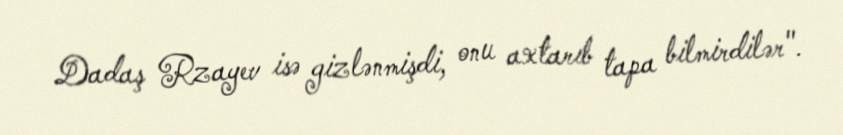
Dadaş Rzayev isə gizlənmişdi, onu axtarıb tapa bilmirdilər".